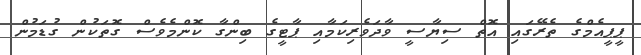
ޕީޕީއެމްގެ ތެރޭގައި އޮތް ސިޔާސީ ވާދަވެރިކަމާއި ޕާޓީގެ ބިންގާ ކޮންމެވެސް ގޮތަކުން ގުޑަމުން